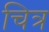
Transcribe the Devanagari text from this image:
चित्र